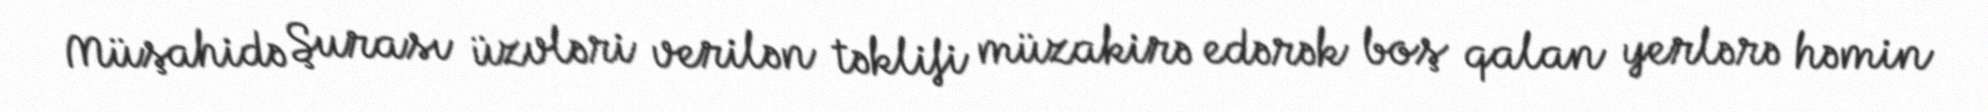
Müşahidə Şurası üzvləri verilən təklifi müzakirə edərək boş qalan yerlərə həmin